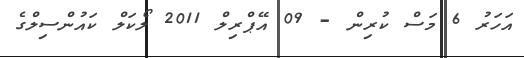
އަހަރު 6 މަސް ކުރިން - 09 އޭޕްރިލް 2011 ލޯކަލް ކައުންސިލްގެ